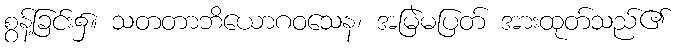
စွန့်ခြင်း၌။ သတတာဘိယောဂဝသေန၊ အမြဲမပြတ် အားထုတ်သည်၏